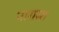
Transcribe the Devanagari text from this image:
नारासा